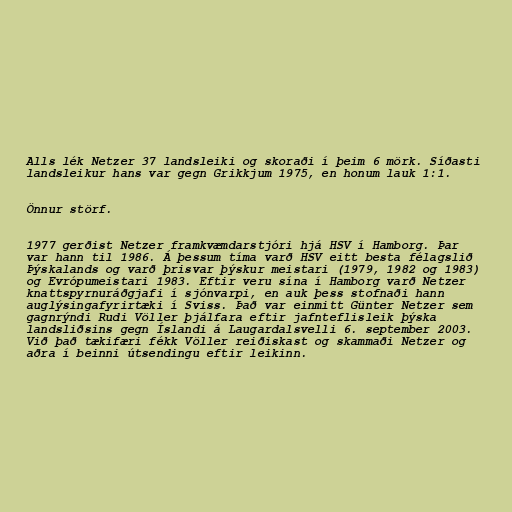
Alls lék Netzer 37 landsleiki og skoraði í þeim 6 mörk. Síðasti
landsleikur hans var gegn Grikkjum 1975, en honum lauk 1:1.

Önnur störf.

1977 gerðist Netzer framkvæmdarstjóri hjá HSV í Hamborg. Þar
var hann til 1986. Á þessum tíma varð HSV eitt besta félagslið
Þýskalands og varð þrisvar þýskur meistari (1979, 1982 og 1983)
og Evrópumeistari 1983. Eftir veru sína í Hamborg varð Netzer
knattspyrnuráðgjafi í sjónvarpi, en auk þess stofnaði hann
auglýsingafyrirtæki í Sviss. Það var einmitt Günter Netzer sem
gagnrýndi Rudi Völler þjálfara eftir jafnteflisleik þýska
landsliðsins gegn Íslandi á Laugardalsvelli 6. september 2003.
Við það tækifæri fékk Völler reiðiskast og skammaði Netzer og
aðra í beinni útsendingu eftir leikinn.